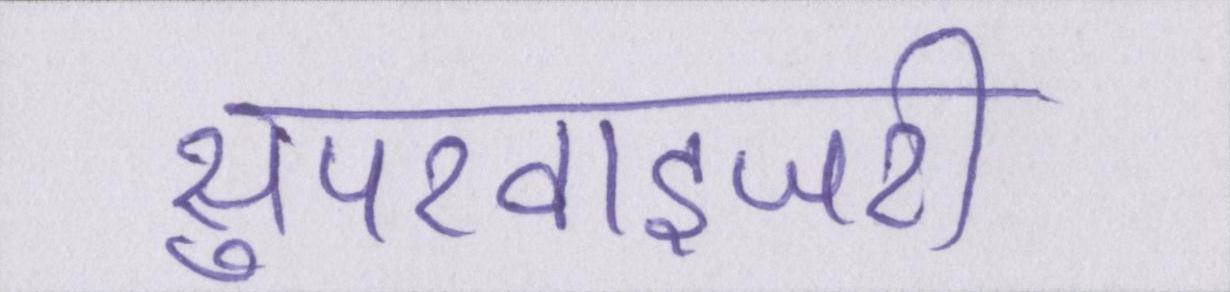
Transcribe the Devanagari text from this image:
सुपरवाइजरी